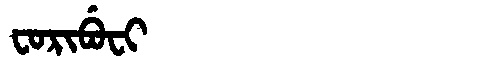
Manchu: ᠸᠣᡵᡳᠪᡠᠸᡳ
Romanization: FORIBUFI